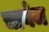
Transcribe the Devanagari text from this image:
चावेज